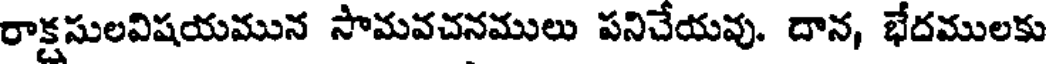
రాక్షసులవిషయమున సామవచనములు పనిచేయవు. దాన, భేదములకు